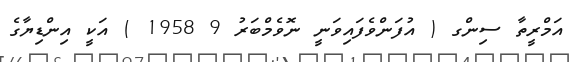
އަމްރީތާ ސިންގ ( އުފަންވެފައިވަނީ ނޮވެމްބަރު 9 1958 ) އަކީ އިންޑިޔާގެ